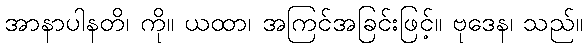
အာနာပါနတိ၊ ကို။ ယထာ၊ အကြင်အခြင်းဖြင့်။ ဗုဒေန၊ သည်။